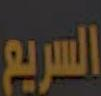
السريع